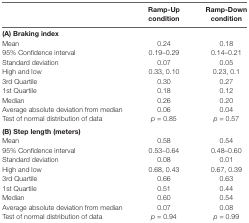
<table><thead><tr><td></td><td><b>Ramp-Up condition</b></td><td><b>Ramp-Down condition</b></td></tr></thead><tbody><tr><td><b>(A) Braking index</b></td><td></td><td></td></tr><tr><td>Mean</td><td>0.24</td><td>0.18</td></tr><tr><td>95% Confidence interval</td><td>0.19–0.29</td><td>0.14–0.21</td></tr><tr><td>Standard deviation</td><td>0.07</td><td>0.05</td></tr><tr><td>High and low</td><td>0.33, 0.10</td><td>0.23, 0.1</td></tr><tr><td>3rd Quartile</td><td>0.30</td><td>0.27</td></tr><tr><td>1st Quartile</td><td>0.18</td><td>0.12</td></tr><tr><td>Median</td><td>0.26</td><td>0.20</td></tr><tr><td>Average absolute deviation from median</td><td>0.06</td><td>0.04</td></tr><tr><td>Test of normal distribution of data</td><td><i>p</i> = 0.85</td><td><i>p</i> = 0.57</td></tr><tr><td><b>(B) Step length (meters)</b></td><td></td><td></td></tr><tr><td>Mean</td><td>0.58</td><td>0.54</td></tr><tr><td>95% Confidence interval</td><td>0.53–0.64</td><td>0.48–0.60</td></tr><tr><td>Standard deviation</td><td>0.08</td><td>0.01</td></tr><tr><td>High and low</td><td>0.68, 0.43</td><td>0.67, 0.39</td></tr><tr><td>3rd Quartile</td><td>0.66</td><td>0.63</td></tr><tr><td>1st Quartile</td><td>0.51</td><td>0.44</td></tr><tr><td>Median</td><td>0.60</td><td>0.54</td></tr><tr><td>Average absolute deviation from median</td><td>0.07</td><td>0.08</td></tr><tr><td>Test of normal distribution of data</td><td><i>p</i> = 0.94</td><td><i>p</i> = 0.99</td></tr></tbody></table>